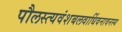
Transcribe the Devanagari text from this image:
पौलस्त्यवंशबलवार्धिवनावनस्य